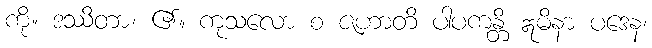
ကို။ ဒဿိတာ၊ ၏။ ကုသလော စ ဇဟာတိ ပါပကန္တိ ဣမိနာ ပဒေန၊